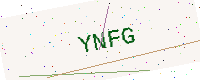
Text: YNFG